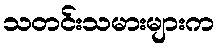
သတင်းသမားများက